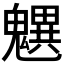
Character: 𩴜